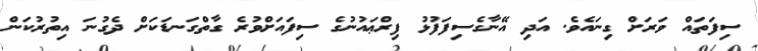
ސިފަތައް ވަރަށް ގިނައެވެ. އަދި އޭނާގެސިފަފުޅު ފިރްޢައުނުގެ ސިފައަށްވުރެ ގާތްގަނޑަކަށް ދެގުނަ އިތުރުކަން